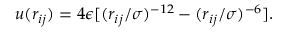
u ( r _ { i j } ) = 4 \epsilon [ ( r _ { i j } / \sigma ) ^ { - 1 2 } - ( r _ { i j } / \sigma ) ^ { - 6 } ] .